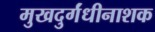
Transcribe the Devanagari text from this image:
मुखदुर्गंधीनाशक